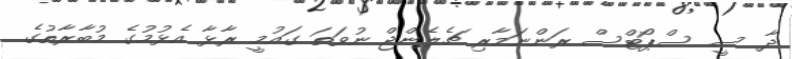
ދާ ސީ ސްޕޯޓްސް ރަންނަމާރި ޗެލެންޖް ނުވަތަ ގައުމީ ރާޅާ އެޅުމުގެ މުބާރާތުގެ